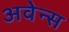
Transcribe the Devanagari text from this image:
अवेन्स